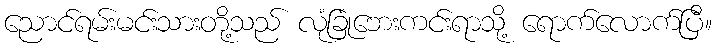
ညောင်ရမ်းမင်းသားတို့သည် လုံခြုံဘေးကင်းရာသို့ ရောက်လောက်ပြီ။